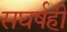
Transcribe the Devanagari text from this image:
सघर्षही